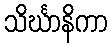
သိင်္ဃာနိကာ